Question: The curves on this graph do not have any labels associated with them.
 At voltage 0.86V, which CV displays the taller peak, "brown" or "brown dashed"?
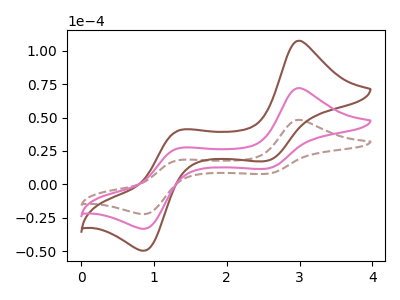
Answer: <think>The brown dashed curve "brown dashed" has anodic peaks at (3.00V, 48.30uA) (1.35V, 18.20uA) and cathodic peaks at (2.55V, 7.85uA) (0.85V, -22.35uA). The brown curve "brown" has anodic peaks at (3.00V, 144.25uA) (1.35V, 54.30uA) and cathodic peaks at (2.55V, 23.45uA) (0.85V, -66.75uA). The pink curve "pink" has anodic peaks at (3.00V, 72.15uA) (1.35V, 27.15uA) and cathodic peaks at (2.55V, 11.75uA) (0.85V, -33.35uA).</think>
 <answer>The peak at 0.86V is higher in "brown" than in "brown dashed".</answer>
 <eval>higher</eval>